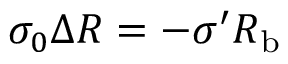
\sigma _ { 0 } \Delta R = - \sigma ^ { \prime } R _ { \mathrm { { b } } }